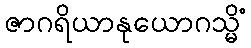
ဇာဂရိယာနုယောဂသ္မိံ